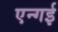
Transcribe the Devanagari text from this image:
एन्गई